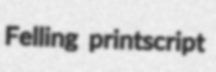
Felling printscript